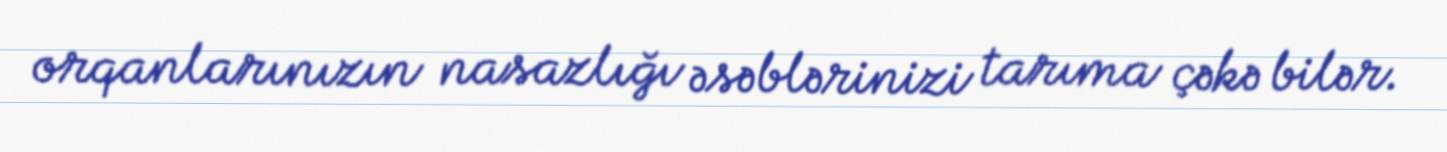
orqanlarınızın nasazlığı əsəblərinizi tarıma çəkə bilər.